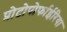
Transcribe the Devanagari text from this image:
प्रोटोपोर्फाईरिया